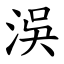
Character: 洖